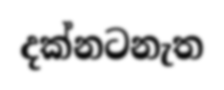
දක්නටනැත